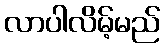
လာပါလိမ့်မည်